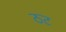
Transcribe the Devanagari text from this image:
ठट